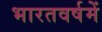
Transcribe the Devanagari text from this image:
भारतवर्षमें